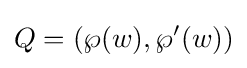
Q=(\wp (w),\wp '(w))